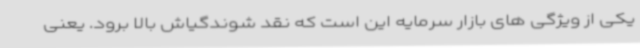
یکی از ویژگی های بازار سرمایه این است که نقد شوندگیاش بالا برود. یعنی